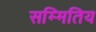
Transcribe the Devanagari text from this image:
सम्मितिय